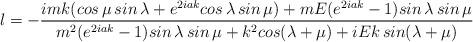
LaTeX: \begin{align*}l=-\frac{imk(cos\,\mu \,sin\,\lambda +e^{2iak}cos\,\lambda \,sin\,\mu)+mE(e^{2iak}-1)sin\,\lambda \,sin\,\mu }{m^{2}(e^{2iak}-1)sin\,\lambda\,sin\,\mu +k^{2}cos(\lambda +\mu )+iEk\,sin(\lambda +\mu )}\end{align*}